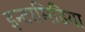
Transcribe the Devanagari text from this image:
इन्टरमिडिया